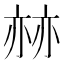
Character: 𠅯